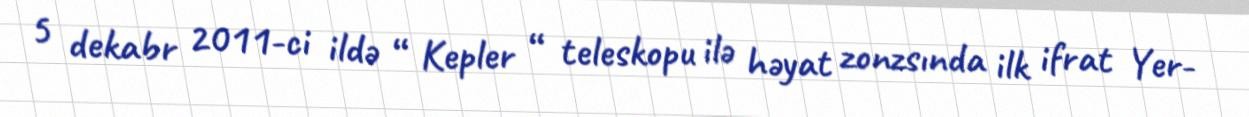
5 dekabr 2011-ci ildə “ Kepler “ teleskopu ilə həyat zonzsında ilk ifrat Yer-